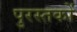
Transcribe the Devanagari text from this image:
पुरस्तकों